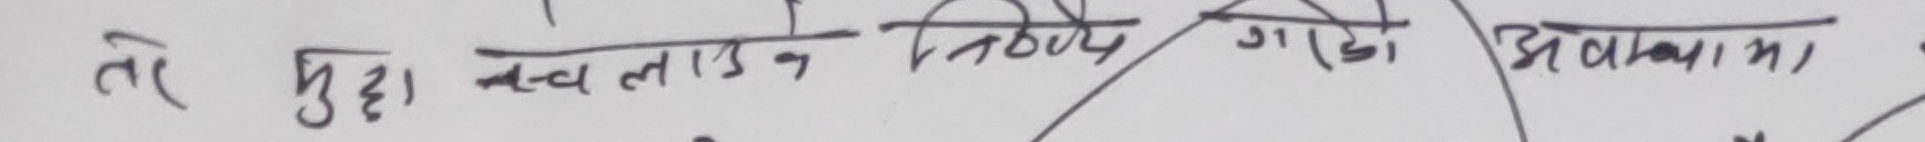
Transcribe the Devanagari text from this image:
ते चुहा बच्ला ३८ नभई गाडो अवामा।